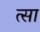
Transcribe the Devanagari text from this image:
त्सा